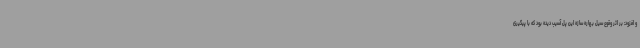
و افزود: بر اثر وقوع سیل بهاره سازه این پل آسیب دیده بود که با پیگیری